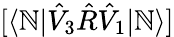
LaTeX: [\langle\mathbb{N}|\hat{{V}}_{3}\hat{{R}}\hat{{V}}_{1}|\mathbb{N}\rangle]